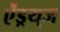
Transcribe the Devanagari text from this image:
ऐंड्रय्‌ज